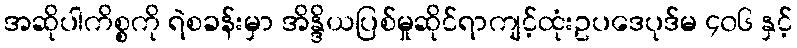
အဆိုပါကိစ္စကို ရဲစခန်းမှာ အိန္ဒိယပြစ်မှုဆိုင်ရာကျင့်ထုံးဥပဒေပုဒ်မ ၄၀၆ နှင့်